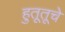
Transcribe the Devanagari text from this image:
हुतूतूचे